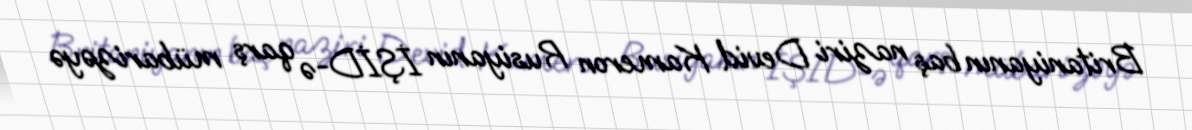
Britaniyanın baş naziri Devid Kameron Rusiyanın İŞİD-ə qarş mübarizəyə